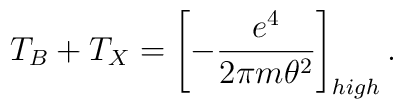
T_B+T_X=  \left [- \frac{e^4}{2 \pi m\theta^2}\right ]_{high}.